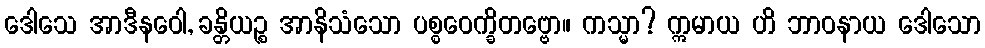
ဒေါသေ အာဒီနဝေါ, ခန္တိယဉ္စ အာနိသံသော ပစ္စဝေက္ခိတဗ္ဗော။ ကသ္မာ? ဣမာယ ဟိ ဘာဝနာယ ဒေါသော